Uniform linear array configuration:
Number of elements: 24
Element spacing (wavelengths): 1
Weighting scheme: hamming
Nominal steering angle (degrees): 60
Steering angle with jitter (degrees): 61.184
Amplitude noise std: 0.05
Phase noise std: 0.05

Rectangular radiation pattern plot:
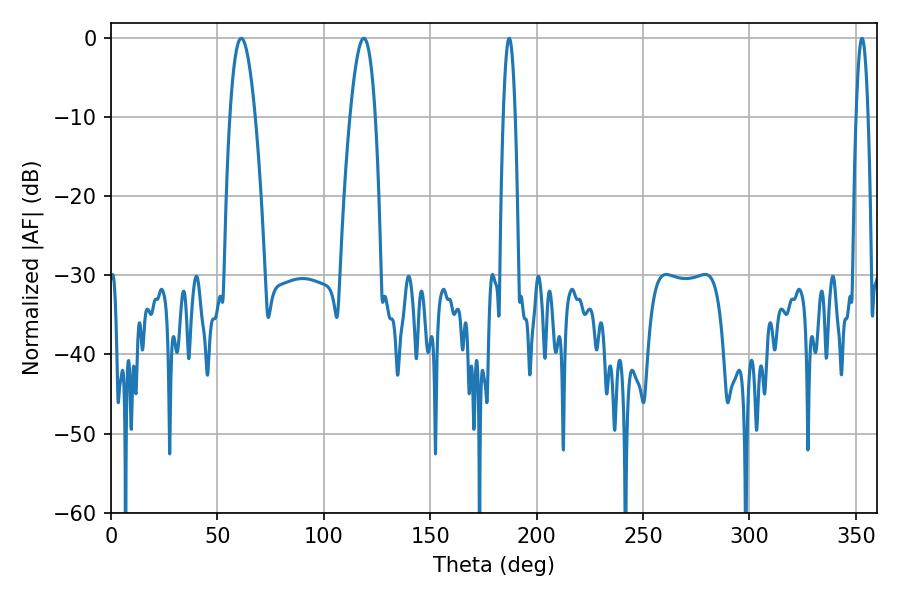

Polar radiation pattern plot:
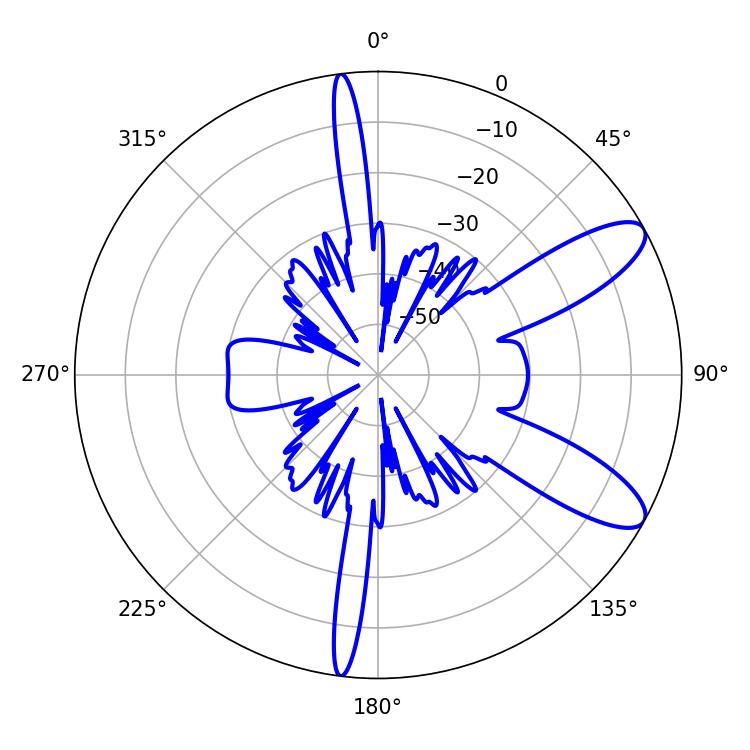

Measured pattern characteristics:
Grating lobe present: TRUE
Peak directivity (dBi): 9.964
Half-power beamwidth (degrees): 6.48
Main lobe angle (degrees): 61.2